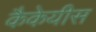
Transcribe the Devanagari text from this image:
कैकेयीस